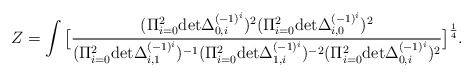
\begin{align*}Z=\int \big[{(\Pi_{i=0}^2 {\rm det}\Delta_{0,i}^{(-1)^i})^2(\Pi_{i=0}^2{\rm det} \Delta_{i,0}^{(-1)^i})^2\over(\Pi_{i=0}^2 {\rm det}\Delta_{i,1}^{(-1)^i})^{-1}(\Pi_{i=0}^2 {\rm det}\Delta_{1,i}^{(-1)^i})^{-2}(\Pi_{i=0}^2 {\rm det}\Delta_{0,i}^{(-1)^i})^2}\big]^{1\over 4}.\end{align*}